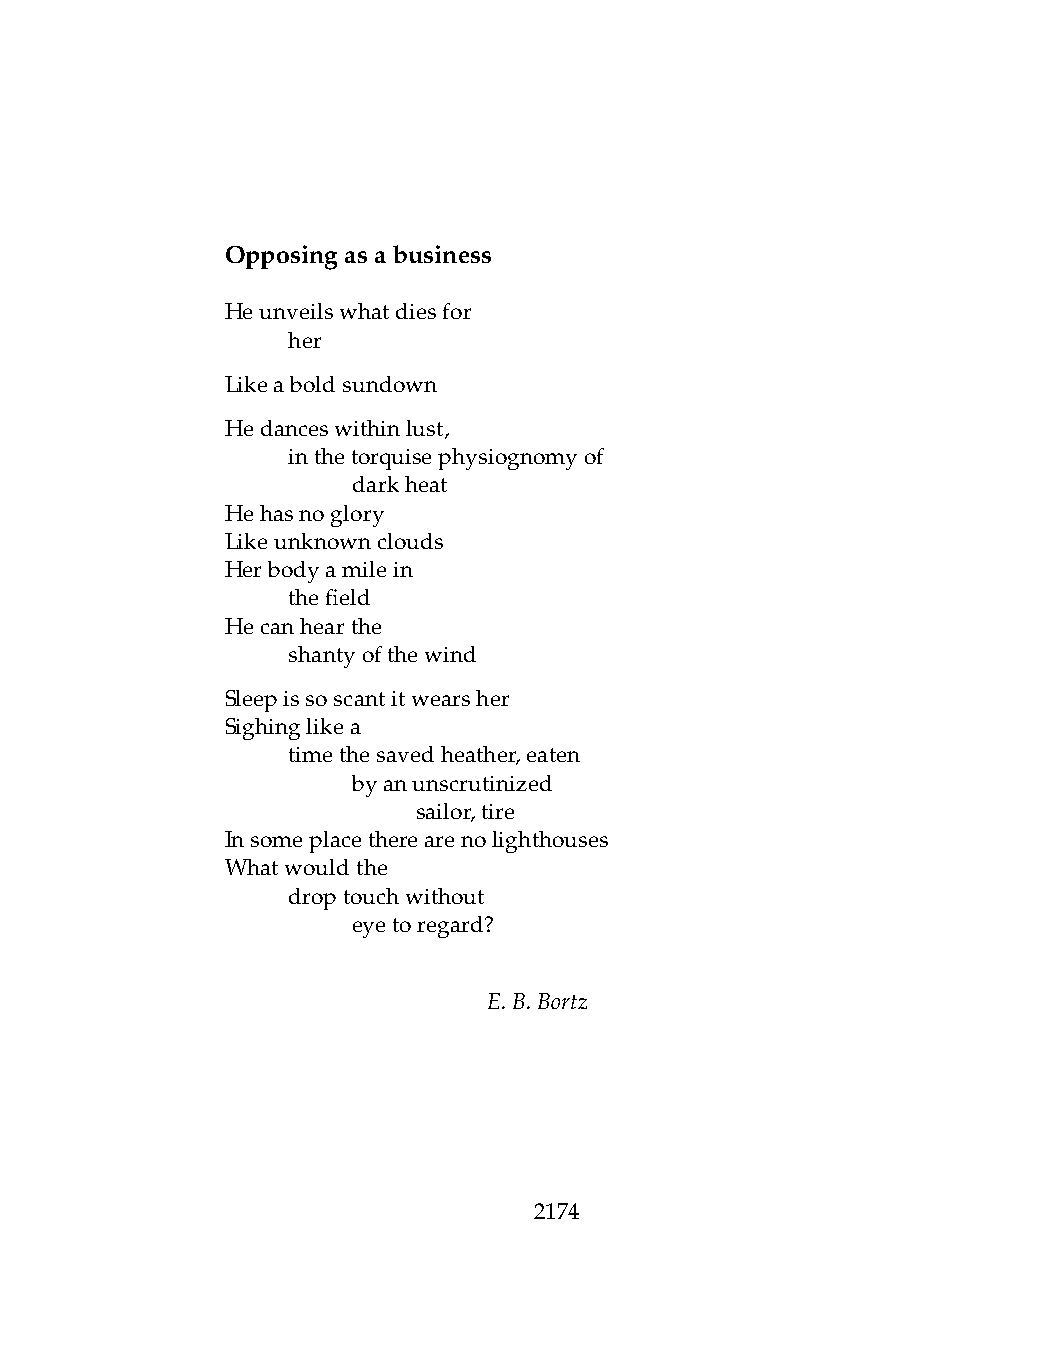
Opposingasabusiness
 Heunveilswhatdiesfor
 .   her
 Likeaboldsundown
 Hedanceswithinlust,
 .   inthetorquisephysiognomyof
 .   .   darkheat
 Hehasnoglory
 Likeunknownclouds
 Herbodyamilein
 .   thefield
 Hecanhearthe
 .   shantyofthewind
 Sleepissoscantitwearsher
 Sighinglikea
 .   timethesavedheather,eaten
 .   .   byanunscrutinized
 .   .   .    sailor,tire
 Insomeplacetherearenolighthouses
 Whatwouldthe
 .   droptouchwithout
 .   .   eyetoregard?
 E.B.Bortz
 2174